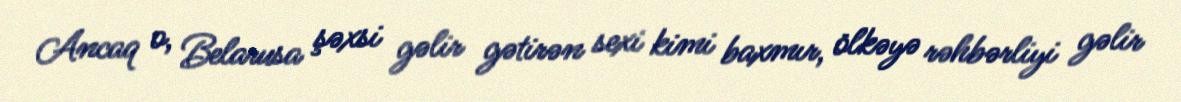
Ancaq o, Belarusa şəxsi gəlir gətirən sexi kimi baxmır, ölkəyə rəhbərliyi gəlir